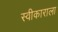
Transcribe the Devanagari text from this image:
स्वीकाराला